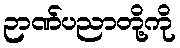
ဉာဏ်ပညာတို့ကို